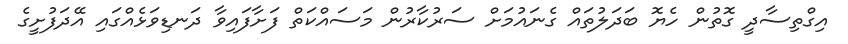
އިގްތިސާދީ ގޮތުން ހެޔޮ ބަދަލުތައް ގެނައުމަށް ސަރުކާރުން މަސައްކަތް ފަށާފައިވާ ދަނޑިވަޅެއްގައި އޭދަފުށީގެ